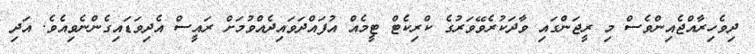
ދިވެހިރާއްޖެއިންވެސް މި ރީޖަންގައި ވާދަކުރެވޭވަރުގެ ކްރިކެޓް ޓީމެއް އުފައްދަވައިދެއްވުމަށް ރައީސް އެދިވަޑައިގެންނެވިއެވެ. އަދި